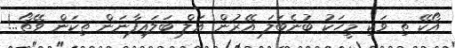
އޯކޭ ތި ވަކި މީހަކު ބުނެބަލަ އޭރުން އަލް ބަލައިފާނަން ތިކަން ވޭތޯ..!